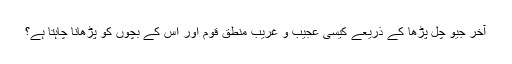
آخر جیو چل پڑھا کے ذریعے کیسی عجیب و غریب منطق قوم اور اس کے بچوں کو پڑھانا چاہتا ہے؟